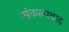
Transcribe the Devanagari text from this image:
संकल्पवाद